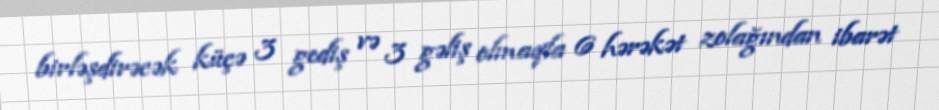
birləşdirəcək küçə 3 gediş və 3 gəliş olmaqla 6 hərəkət zolağından ibarət